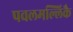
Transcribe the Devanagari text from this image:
पवलमल्लिकै